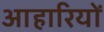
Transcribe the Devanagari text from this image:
आहारियों